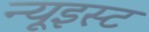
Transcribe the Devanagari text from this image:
न्यूइस्ट